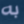
به